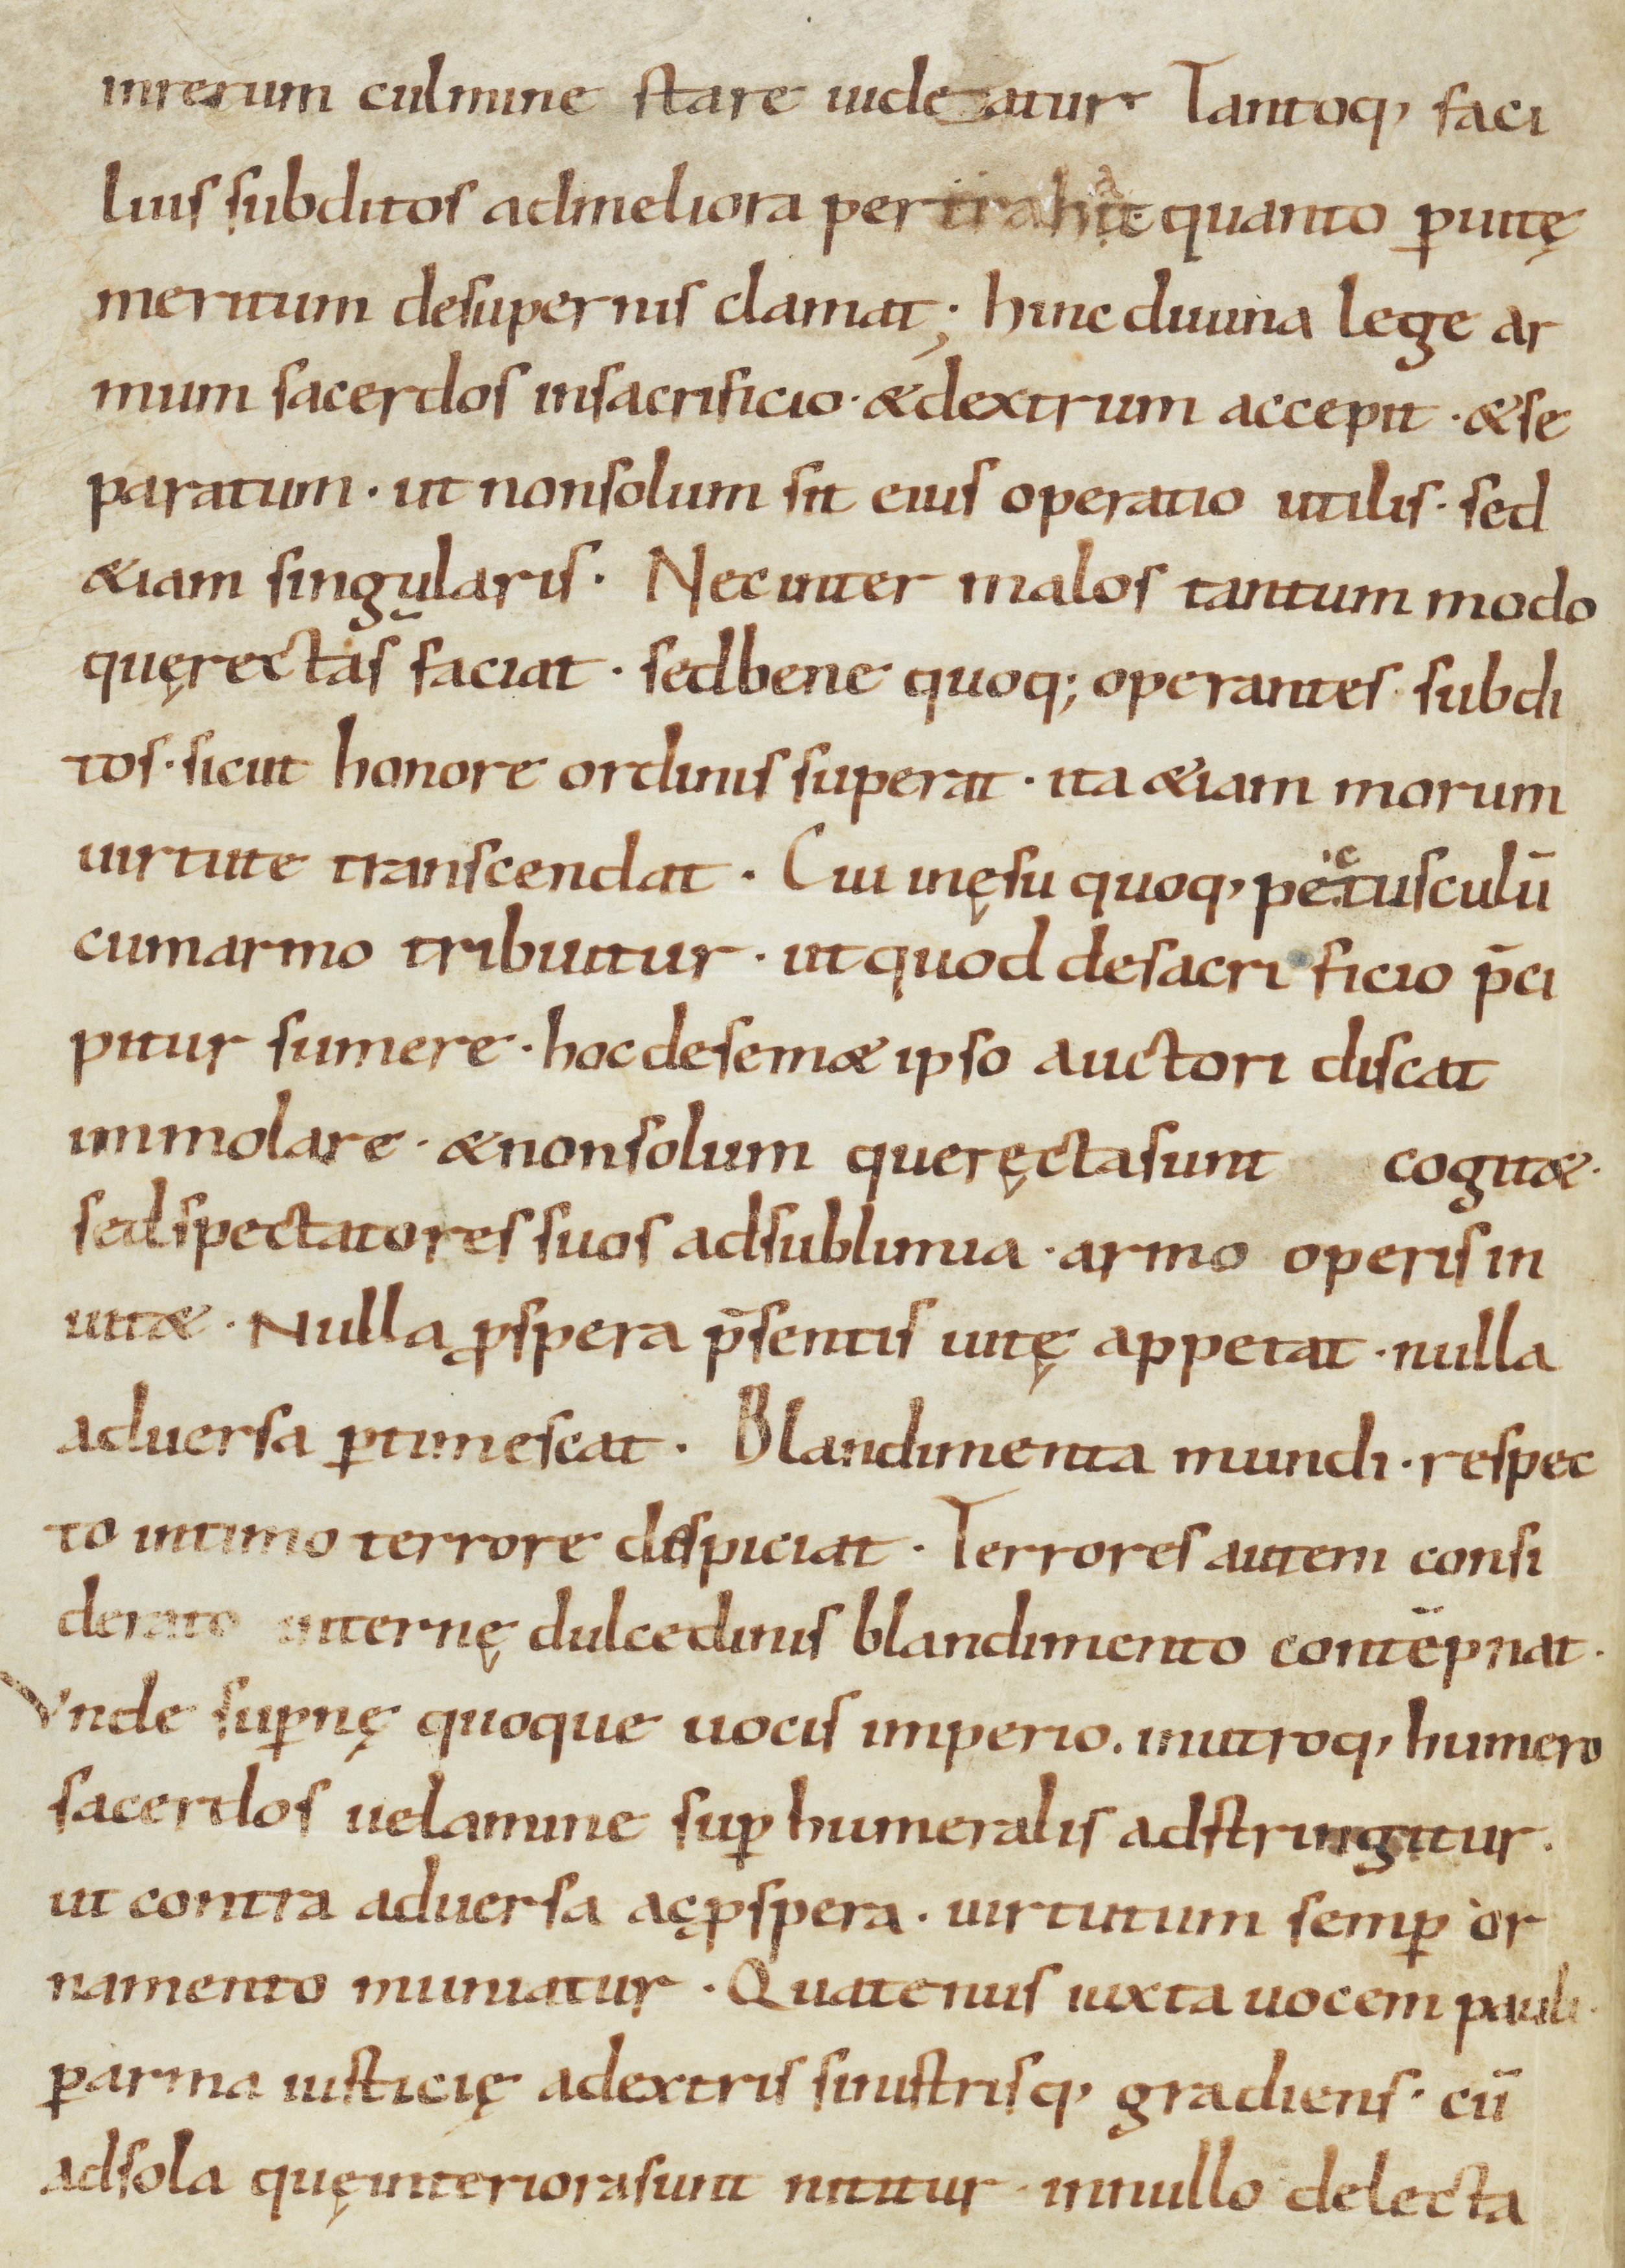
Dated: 800–899